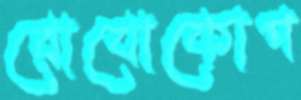
রোবোকোপ